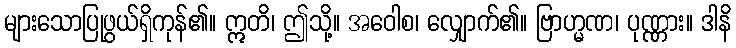
များသောပြုဖွယ်ရှိကုန်၏။ ဣတိ၊ ဤသို့။ အဝေါစ၊ လျှောက်၏။ ဗြာဟ္မဏ၊ ပုဏ္ဏား။ ဒါနိ